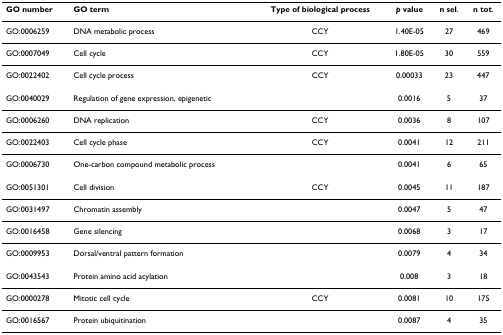
| GO number | GO term | Type of biological process | p value | n sel. | n tot. |
 | --- | --- | --- | --- | --- | --- |
 | GO:0006259 | DNA metabolic process | CCY | 1.40E-05 | 27 | 469 |
 | GO:0007049 | Cell cycle | CCY | 1.80E-05 | 30 | 559 |
 | GO:0022402 | Cell cycle process | CCY | 0.00033 | 23 | 447 |
 | GO:0040029 | Regulation of gene expression, epigenetic |  | 0.0016 | 5 | 37 |
 | GO:0006260 | DNA replication | CCY | 0.0036 | 8 | 107 |
 | GO:0022403 | Cell cycle phase | CCY | 0.0041 | 12 | 211 |
 | GO:0006730 | One-carbon compound metabolic process |  | 0.0041 | 6 | 65 |
 | GO:0051301 | Cell division | CCY | 0.0045 | 11 | 187 |
 | GO:0031497 | Chromatin assembly |  | 0.0047 | 5 | 47 |
 | GO:0016458 | Gene silencing |  | 0.0068 | 3 | 17 |
 | GO:0009953 | Dorsal/ventral pattern formation |  | 0.0079 | 4 | 34 |
 | GO:0043543 | Protein amino acid acylation |  | 0.008 | 3 | 18 |
 | GO:0000278 | Mitotic cell cycle | CCY | 0.0081 | 10 | 175 |
 | GO:0016567 | Protein ubiquitination |  | 0.0087 | 4 | 35 |